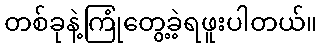
တစ်ခုနဲ့ကြုံတွေ့ခဲ့ရဖူးပါတယ်။